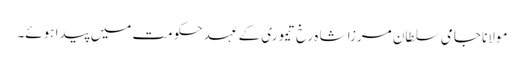
مولانا جامی سلطان مرزا شاہ رخ تیموری کے عہد حکومت میں پیدا ہوئے۔